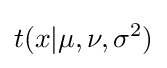
t(x|\mu ,\nu ,\sigma ^{2})